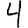
Digit: 4